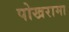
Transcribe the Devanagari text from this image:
पोखरामा